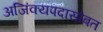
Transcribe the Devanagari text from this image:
अजिंक्यपदासोबत